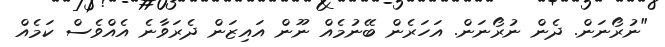
"ނުރޯނަން. ދެން ނުރޯނަން. އަހަރެން ބޭނުމެއް ނޫން އައިޒަން ދެރަވާނެ އެއްވެސް ކަމެއް